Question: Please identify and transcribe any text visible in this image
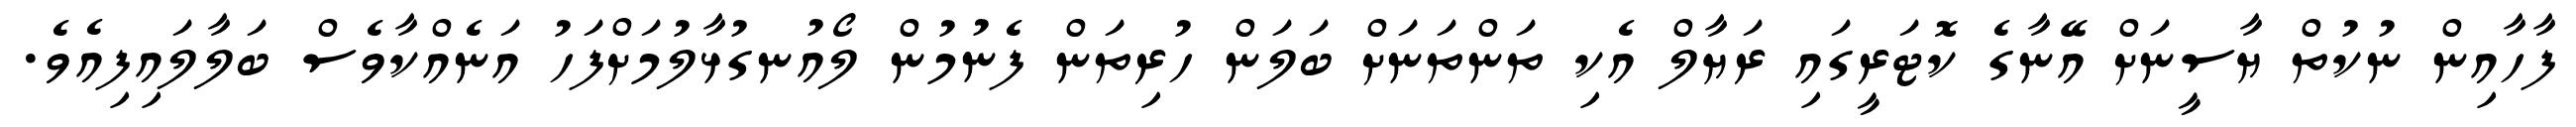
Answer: ފާހާއިން ނުކުތް ޔާސީނަށް އޭނާގެ ކޮޓަރީގައި ރަޔާލް އެކި ތަންތަނަށް ބަލަން ހުރިތަން ފެނުމުން ލޯއުނގުޅާލުމަށްފަހު އަނެއްކާވެސް ބަލާލައިފިއެވެ.